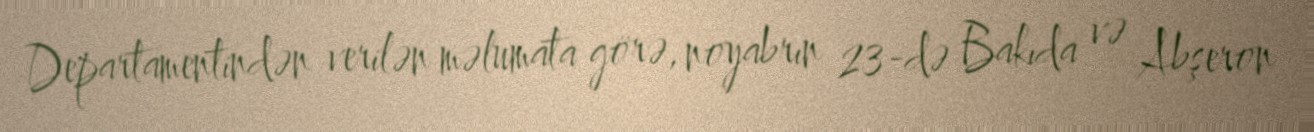
Departamentindən verilən məlumata görə, noyabrın 23-də Bakıda və Abşeron